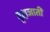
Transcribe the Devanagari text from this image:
वृक्षजाती